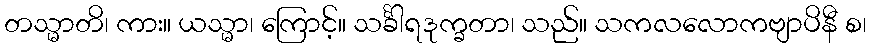
တသ္မာတိ၊ ကား။ ယသ္မာ၊ ကြောင့်။ သင်္ခါရဒုက္ခတာ၊ သည်။ သကလလောကဗျာပိနီ စ၊